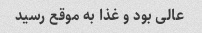
عالی بود و غذا به موقع رسید